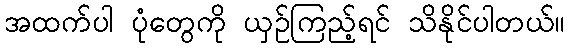
အထက်ပါ ပုံတွေကို ယှဉ်ကြည့်ရင် သိနိုင်ပါတယ်။